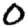
Digit: 0